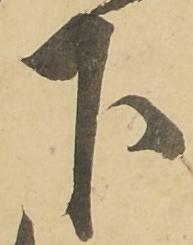
下